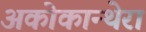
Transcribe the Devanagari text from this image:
अकोकान्थेरा